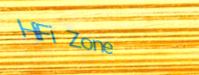
HiFi Zone